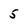
Character: 5